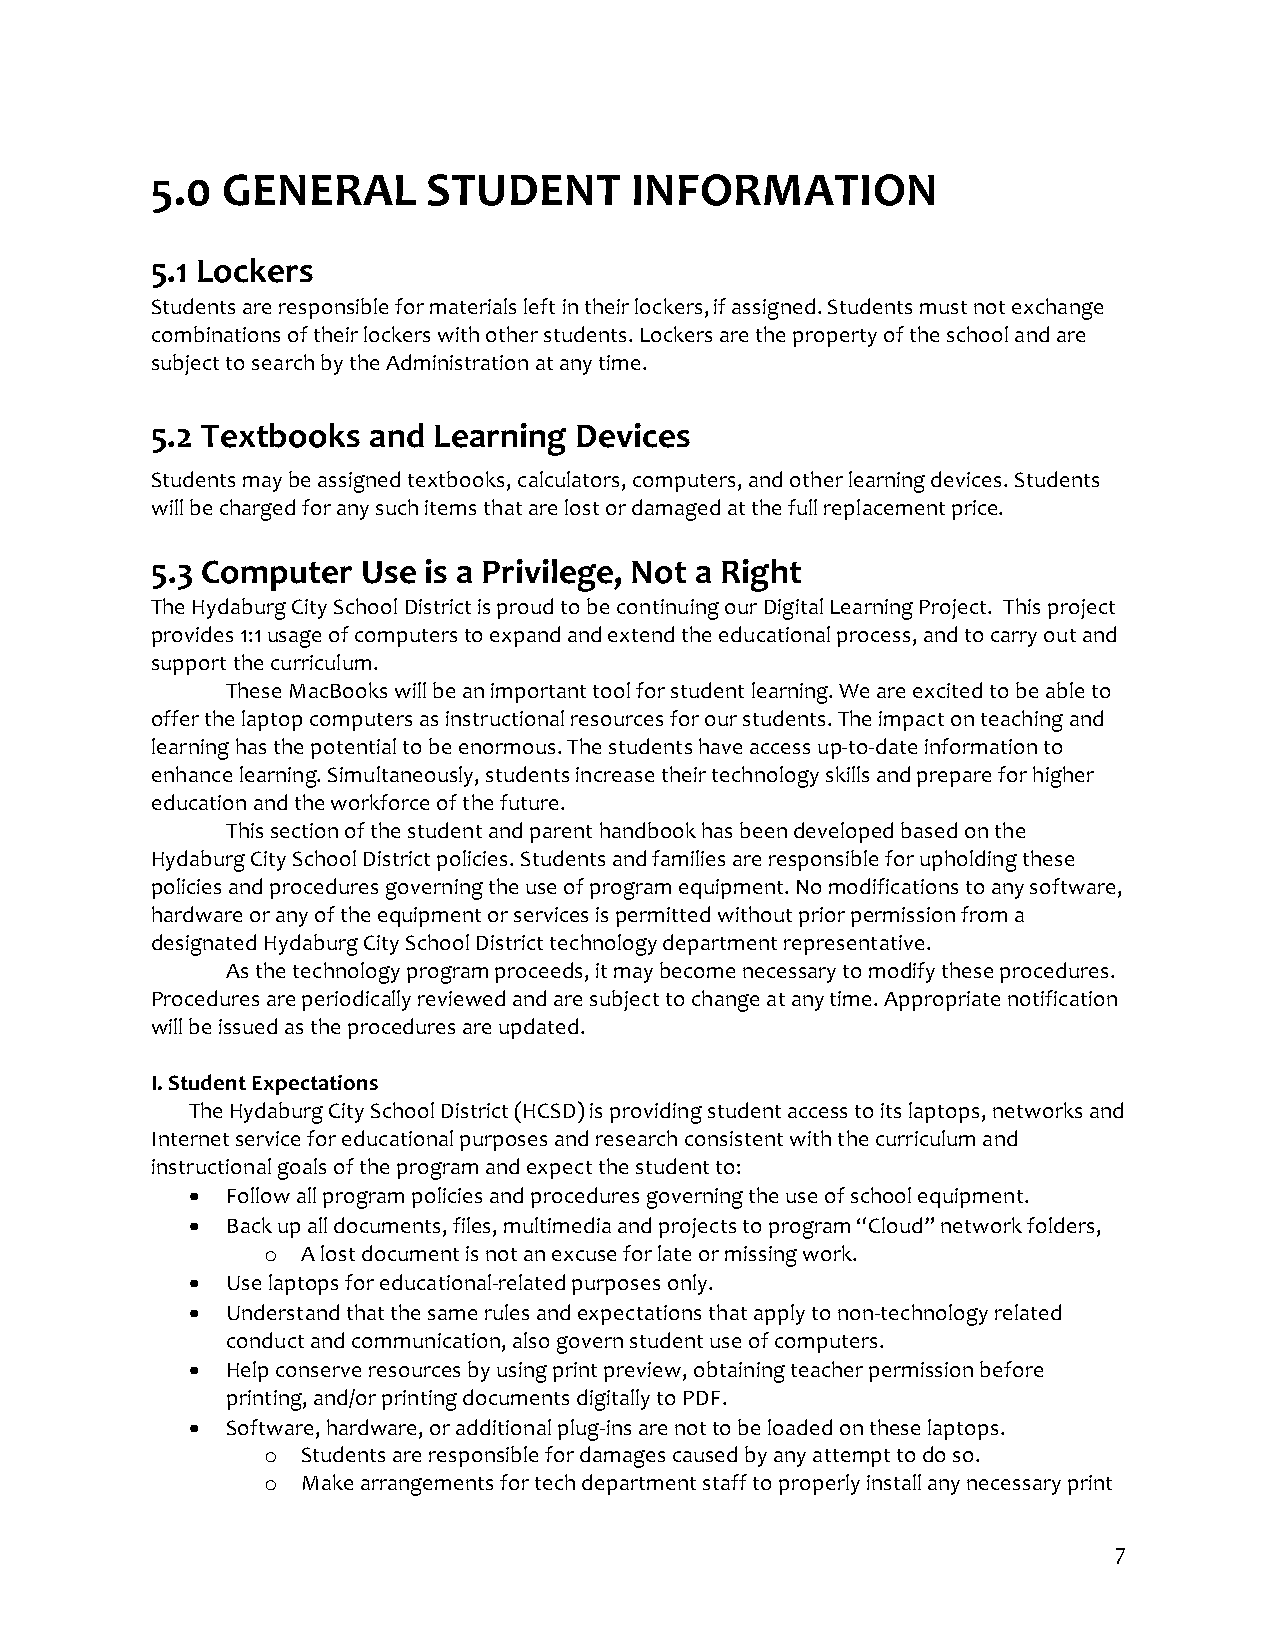
5.0  GENERAL      STUDENT       INFORMATION
 5.1 Lockers
 Students are responsible for materials left in their lockers, if assigned. Students must not exchange
 combinations of their lockers with other students. Lockers are the property of the school and are
 subject to search by the Administration at any time.
 5.2 Textbooks and  Learning Devices
 Students may be assigned textbooks, calculators, computers, and other learning devices. Students
 will be charged for any such items that are lost or damaged at the full replacement price.
 5.3 Computer  Use is a Privilege, Not a Right
 The Hydaburg City School District is proud to be continuing our Digital Learning Project. This project
 provides 1:1 usage of computers to expand and extend the educational process, and to carry out and
 support the curriculum.
 These MacBooks will be an important tool for student learning. We are excited to be able to
 offer the laptop computers as instructional resources for our students. The impact on teaching and
 learning has the potential to be enormous. The students have access up-to-date information to
 enhance learning. Simultaneously, students increase their technology skills and prepare for higher
 education and the workforce of the future.
 This section of the student and parent handbook has been developed based on the
 Hydaburg City School District policies. Students and families are responsible for upholding these
 policies and procedures governing the use of program equipment. No modifications to any software,
 hardware or any of the equipment or services is permitted without prior permission from a
 designated Hydaburg City School District technology department representative.
 As the technology program proceeds, it may become necessary to modify these procedures.
 Procedures are periodically reviewed and are subject to change at any time. Appropriate notification
 will be issued as the procedures are updated.
 I. Student Expectations
 The Hydaburg City School District (HCSD) is providing student access to its laptops, networks and
 Internet service for educational purposes and research consistent with the curriculum and
 instructional goals of the program and expect the student to:
 •  Follow all program policies and procedures governing the use of school equipment.
 •  Back up all documents, files, multimedia and projects to program “Cloud” network folders,
 o  A lost document is not an excuse for late or missing work.
 •  Use laptops for educational-related purposes only.
 •  Understand that the same rules and expectations that apply to non-technology related
 conduct and communication, also govern student use of computers.
 •  Help conserve resources by using print preview, obtaining teacher permission before
 printing, and/or printing documents digitally to PDF.
 •  Software, hardware, or additional plug-ins are not to be loaded on these laptops.
 o  Students are responsible for damages caused by any attempt to do so.
 o  Make arrangements for tech department staff to properly install any necessary print
 7